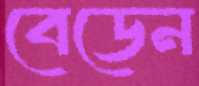
বেডেন